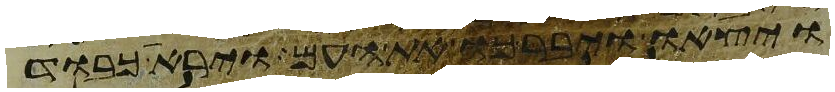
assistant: ויצאו ויברכו את העם וירא כבוד